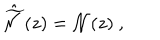
\hat { \widetilde { \cal N } } ( z ) = { \cal N } ( z ) \ ,